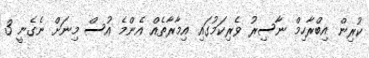
ކުރިން އިބްރާހިމް ނާސިރު ވެރިކަމުގައި އިމާރާތެއް އެންމެ އުސް މިނަށް ނެގެނީ 3